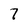
Character: 7